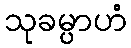
သုခမ္ပာဟံ